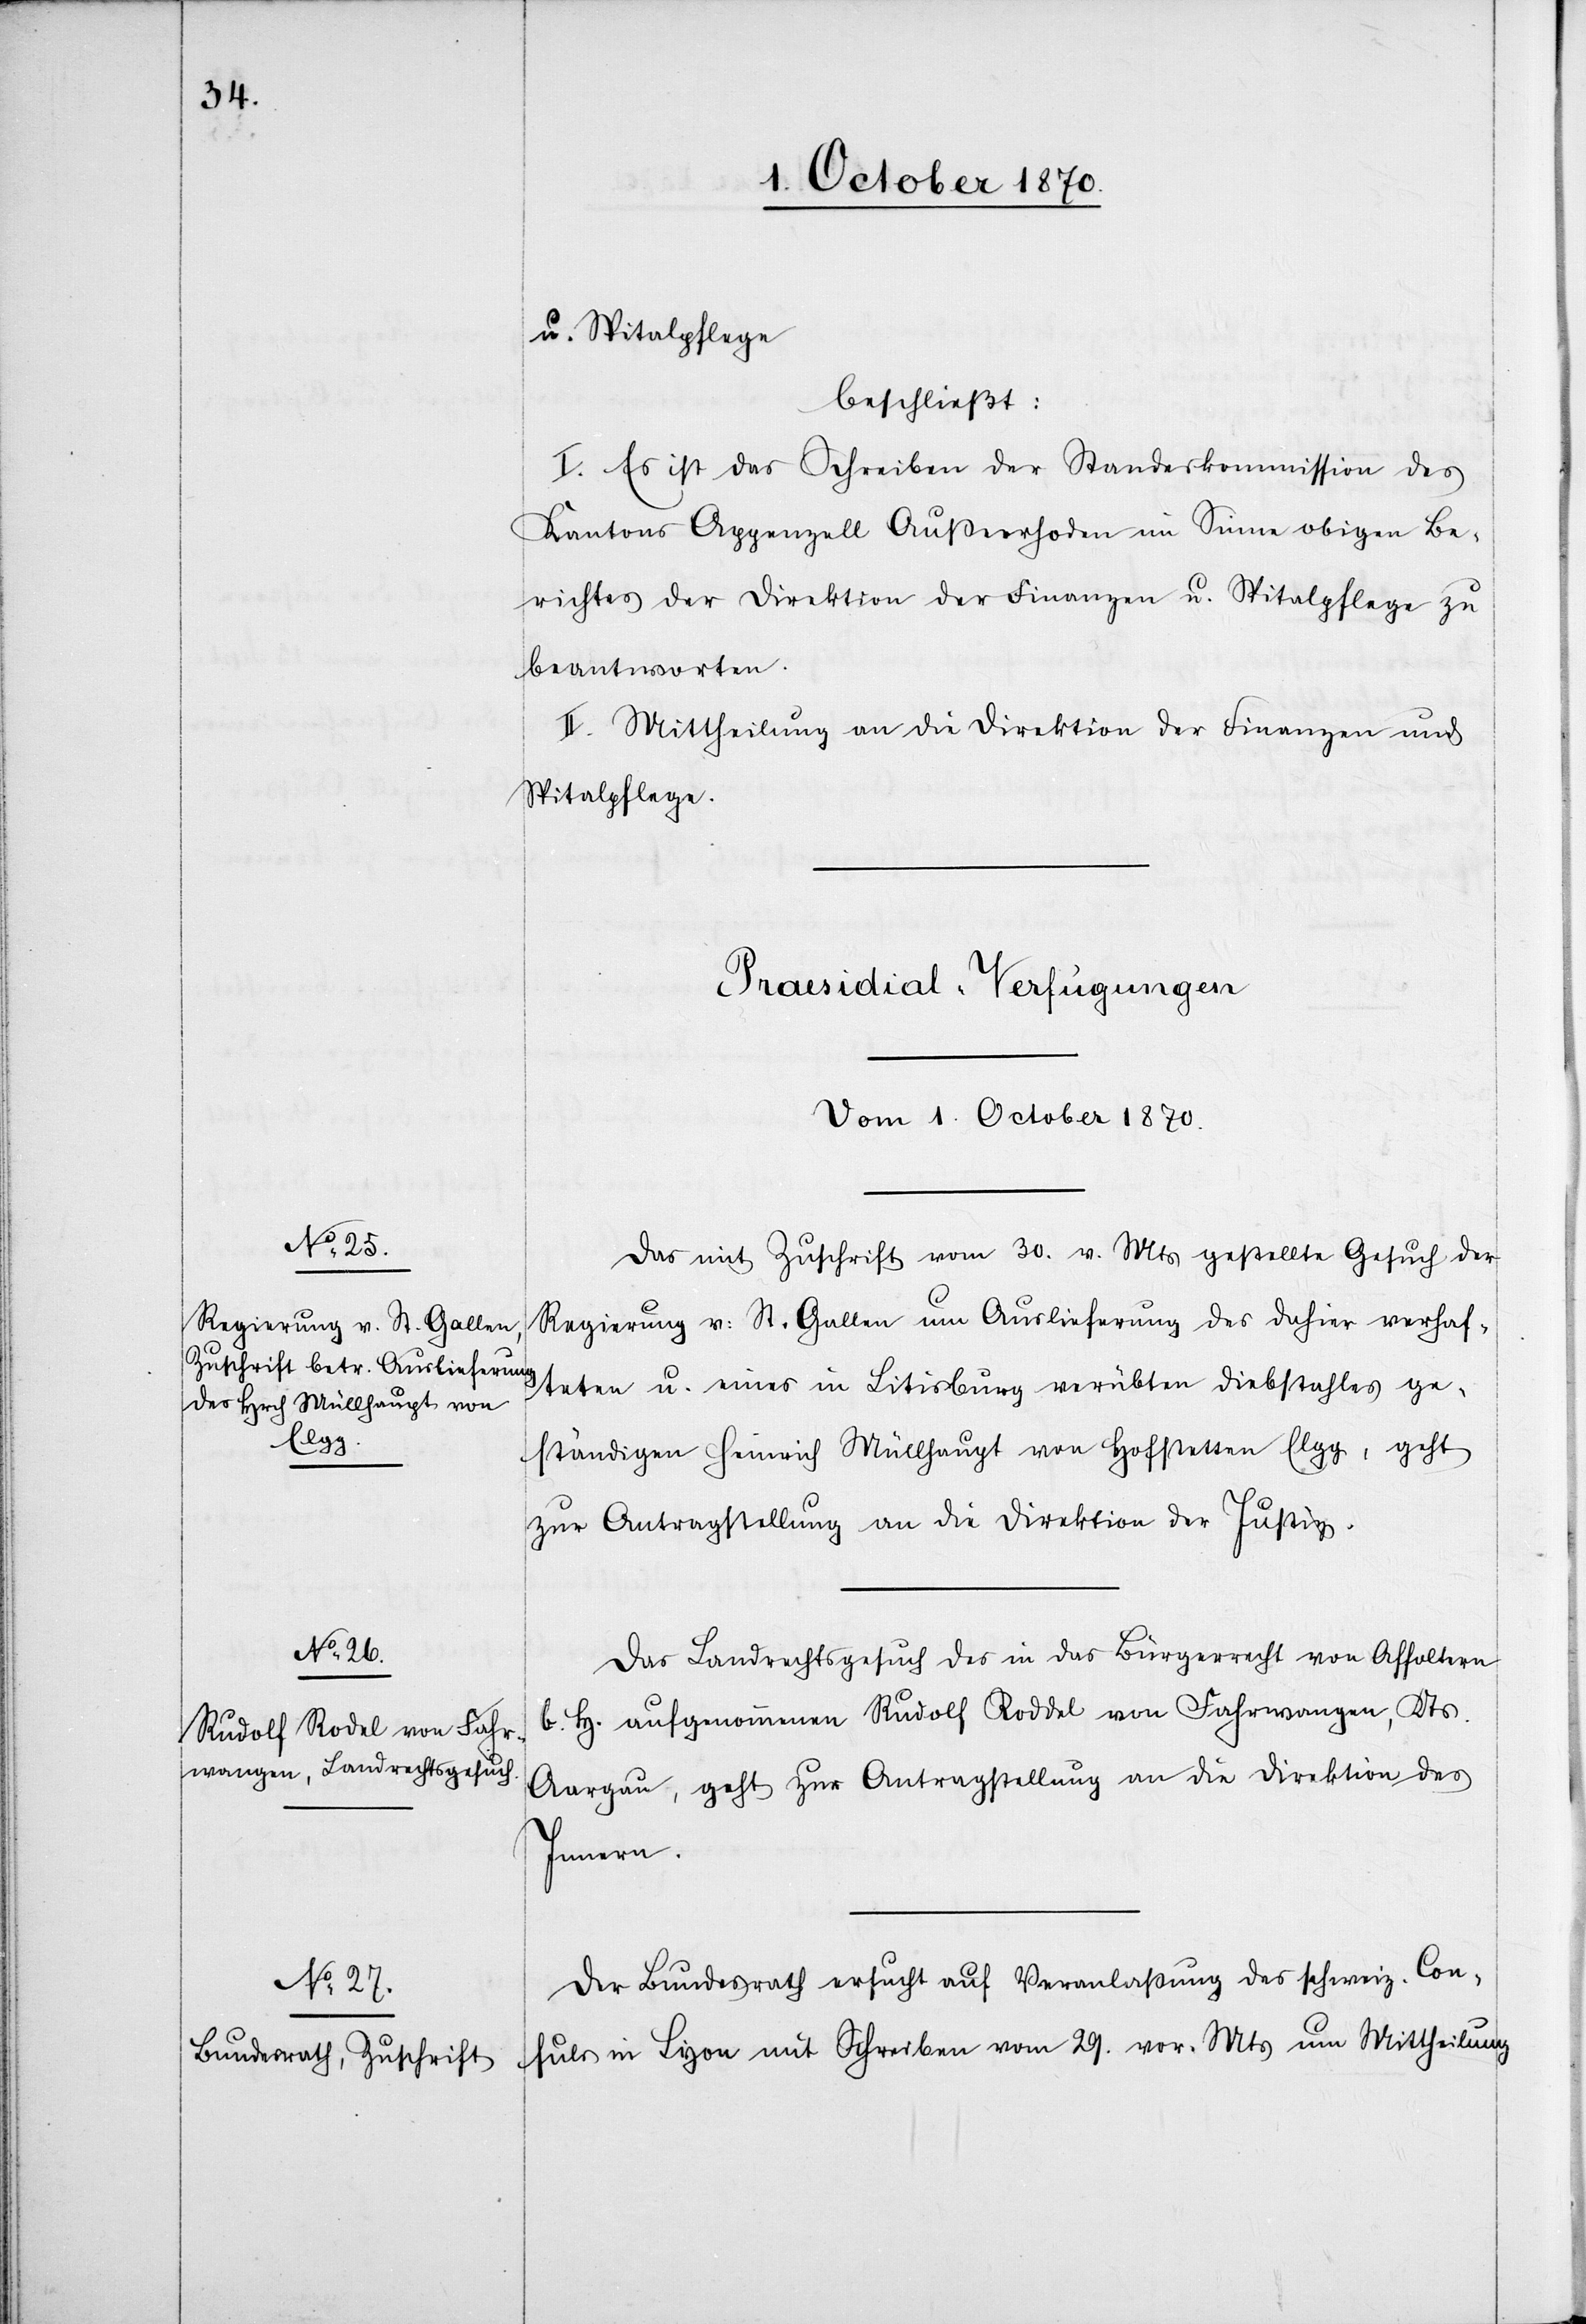
u. Spitalpflege
beschließt:
I. Es ist das Schreiben der Standeskommission des
Kantons Appenzell Außerrhoden im Sinne obigen Be¬
richtes der Direktion der Finanzen u. Spitalpflege zu
beantworten.
II. Mittheilung an die Direktion der Finanzen und
Spitalpflege.
[Praesidial-Verfügungen
Vom 1. October 1870.]
Das mit Zuschrift vom 30. v. Mts. gestellte Gesuch der
Regierung v. St. Gallen um Auslieferung des dahier verhaf¬
teten u. eines in Litisburg verübten Diebstahles ge¬
ständigen Heinrich Müllhaupt von Hofstetten Elgg, geht
zur Antragstellung an die Direktion der Justiz.
Das Landrechtsgesuch des in das Bürgerrecht von Affoltern
b. H. aufgenommenen Rudolf Roddel [sic!] von Fahrwangen, Kts.
Aargau, geht zur Antragstellung an die Direktion des
Innern.
Der Bundesrath ersucht auf Veranlassung des schweiz. Con¬
suls in Lyon mit Schreiben vom 29. vor. Mts. um Mittheilung